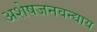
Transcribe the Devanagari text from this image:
अशेषजनवन्द्याय